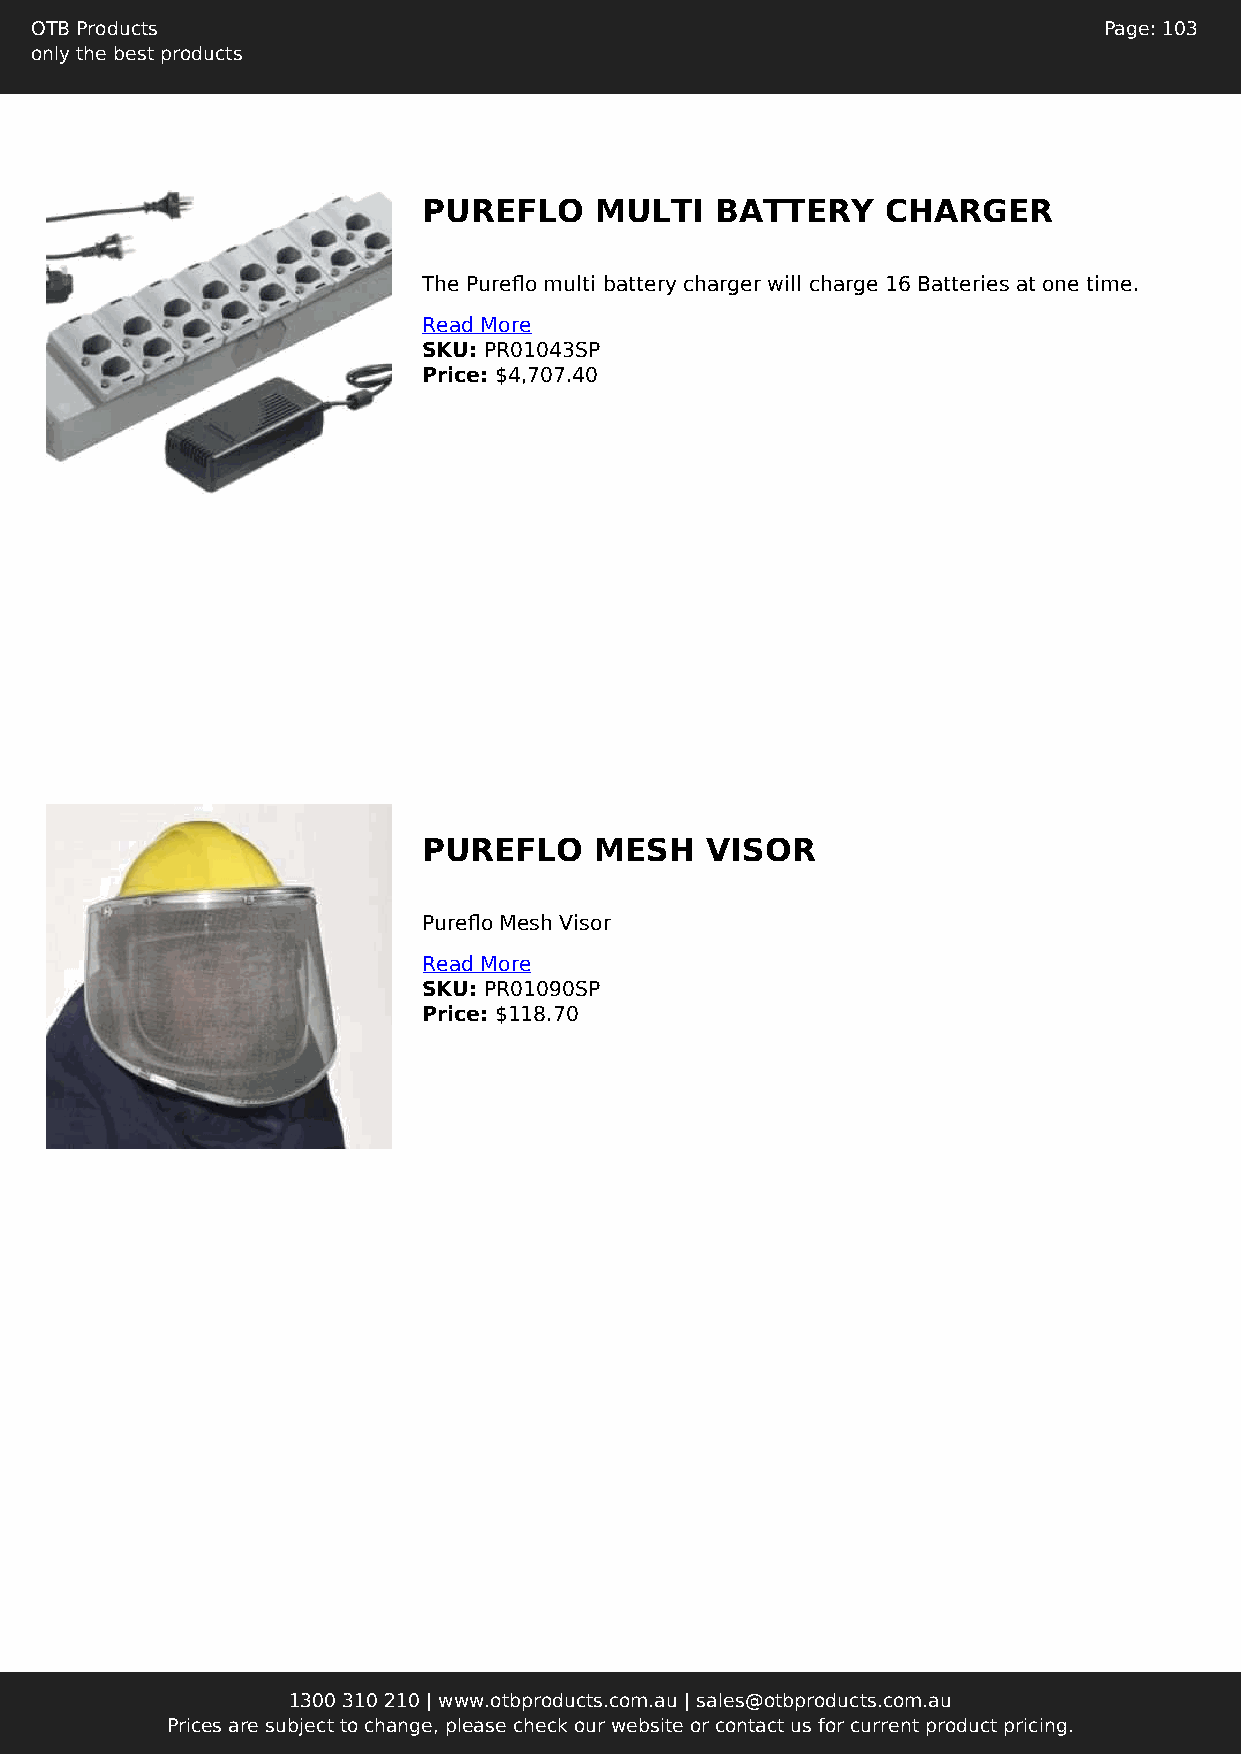
OTB Products                                                           Page: 103
 only the best products
 PUREFLO    MULTI   BATTERY     CHARGER
 The Pureflo multi battery charger will charge 16 Batteries at one time.
 Read More
 SKU: PR01043SP
 Price: $4,707.40
 PUREFLO    MESH    VISOR
 Pureflo Mesh Visor
 Read More
 SKU: PR01090SP
 Price: $118.70
 1300 310 210 | www.otbproducts.com.au | sales@otbproducts.com.au
 Prices are subject to change, please check our website or contact us for current product pricing.